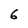
Character: 6